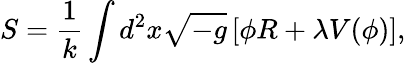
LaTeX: S=\frac{1}{k}\int d^{2}x\sqrt{-g}\left[\phi R+\lambda V(\phi)\right],